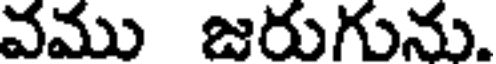
వము జరుగును.